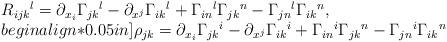
LaTeX: \begin{align*}\begin{array}{l}R_{ijk}{}^l=\partial_{x_i}\Gamma_{jk}{}^l-\partial_{x^j}\Gamma_{ik}{}^l+\Gamma_{in}{}^l\Gamma_{jk}{}^n-\Gamma_{jn}{}^l\Gamma_{ik}{}^n,\\begin{align*}0.05in]\rho_{jk}=\partial_{x_i}\Gamma_{jk}{}^i-\partial_{x^j}\Gamma_{ik}{}^i+\Gamma_{in}{}^i\Gamma_{jk}{}^n-\Gamma_{jn}{}^i\Gamma_{ik}{}^n\end{array}\end{align*}